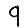
Digit: 9